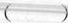
( )